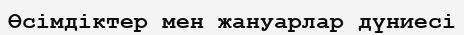
Өсімдіктер мен жануарлар дүниесі